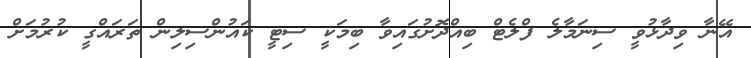
އޭނާ ވިދާޅުވީ ސިނަމާލެ ފްލެޓް ބިއްދޮށުގައިވާ ބިމަކީ ސިޓީ ކައުންސިލިން ތަރައްގީ ކުރުމަށް